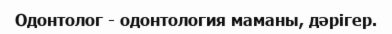
Одонтолог - одонтология маманы, дәрігер.